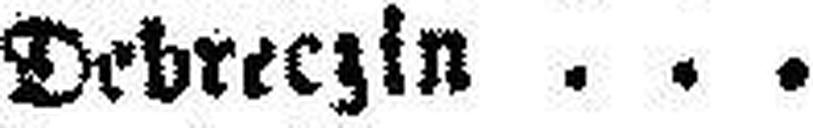
Debreczin